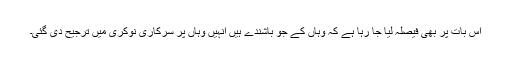
اس بات پر بھی فیصلہ لیا جا رہا ہے کہ وہاں کے جو باشندے ہیں انہیں وہاں پر سرکاری نوکری میں ترجیح دی گئی۔